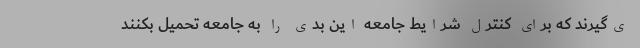
ي‌گيرند كه براي كنترل شرايط جامعه اين بدي را به جامعه تحميل بكنند